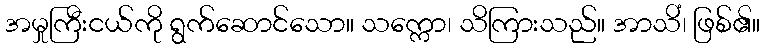
အမှုကြီးငယ်ကို ရွက်ဆောင်သော။ သက္ကော၊ သိကြားသည်။ အာသိံ၊ ဖြစ်၏။